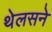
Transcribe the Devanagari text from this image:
थेलसने